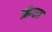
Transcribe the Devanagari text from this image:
फ्रंटा